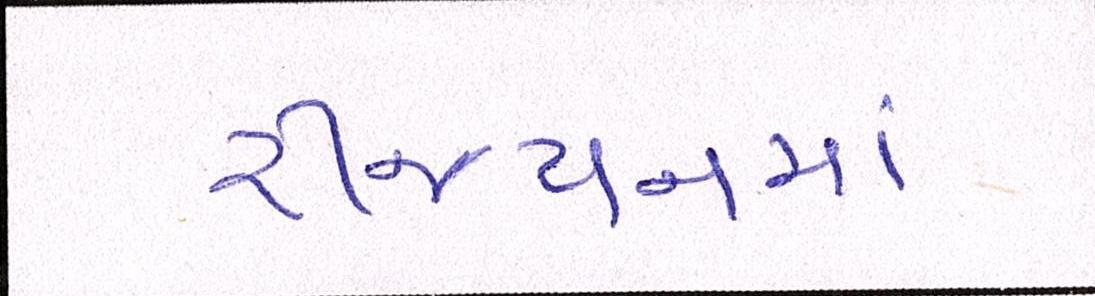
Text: રીજયનમાં